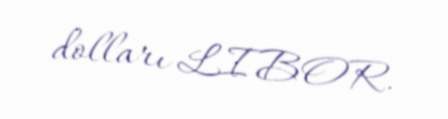
dolları LIBOR.